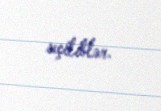
seçiliblər.